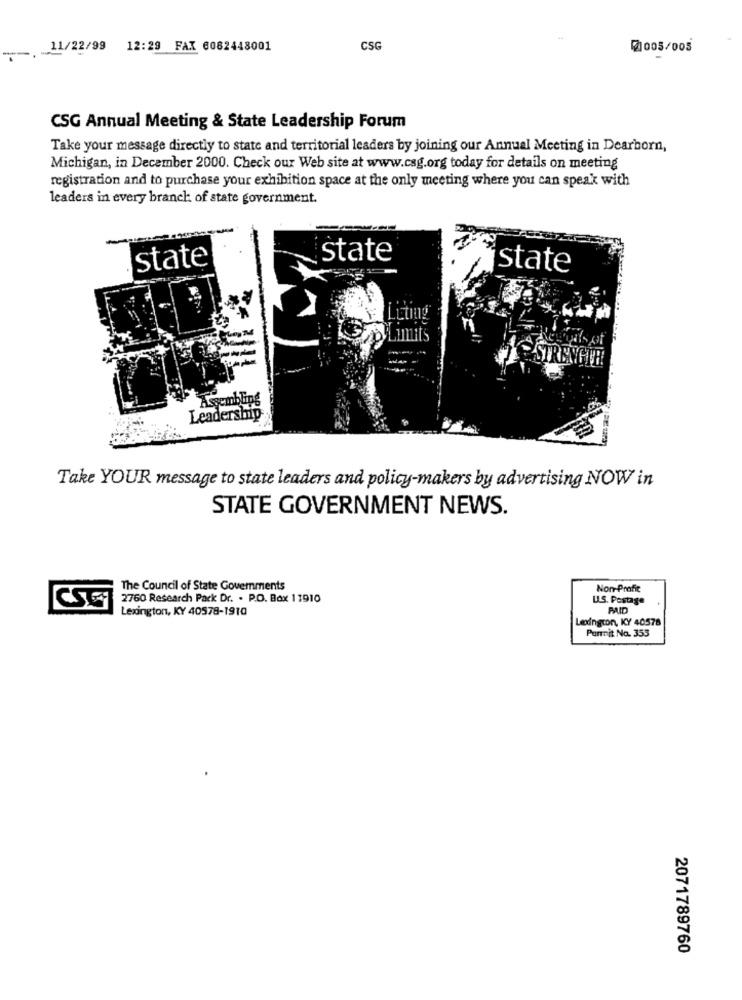
11/22/99 12:29 FAX 6082448001
CS
2005/005
CSG Annual Meeting & State Leadership Forum
Take your message directly to state and territorial leaders by joining our Annual Meeting in Dearborn,
Michigan, in December 2000. Check our Web site at www.csg.org today for details on meeting
registration and to purchase your exhibition space at the only meeting where you can speak with
leaders in every branch of state government.
state
state
state
STRENGTH
Assembling
Leadership
Take YOUR message to state leaders and policy-makers by advertising NOW in
STATE GOVERNMENT NEWS.
The Council of State Governments
Non-Profit
2760 Research Park Dr. . P.O. Box 11910
U.S. Postage
CST
Lexington, KY 40578-1910
Leodington, KY 40578
Purnit No. 353
2071789760